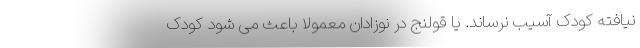
نیافته کودک آسیب نرساند. یا قولنج در نوزادان معمولا باعث می شود کودک